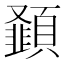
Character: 𮨝